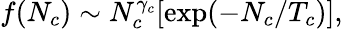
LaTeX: f(N_{c})\sim N_{c}^{\gamma_{c}}[\mathrm{exp}(-N_{c}/T_{c})],